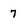
Character: 7